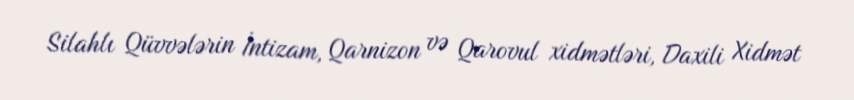
Silahlı Qüvvələrin İntizam, Qarnizon və Qarovul xidmətləri, Daxili Xidmət